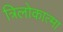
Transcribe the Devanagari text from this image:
त्रिलोकात्मा